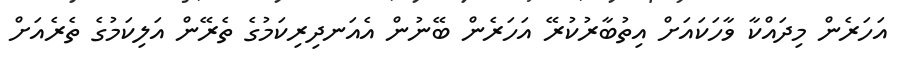
އަހަރެން މިދައްކާ ވާހަކައަށް އިތުބާރުކުރޭ އަހަރެން ބޭނުން އެއަނދިރިކަމުގެ ތެރޭން އަލިކަމުގެ ތެރެއަށް